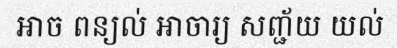
អាច ពន្យល់ អាចារ្យ សញ្ជ័យ យល់